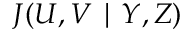
J ( U , V \mid Y , Z )